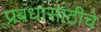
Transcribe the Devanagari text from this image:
प्रबंधासाठीचे